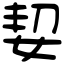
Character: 㛃